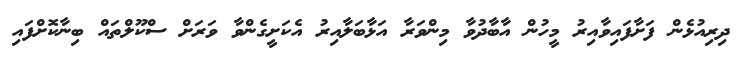
ދިރިއުޅެން ފަށާފައިވާއިރު މީހުން އާބާދުވާ މިންވަރާ އަޅާބަލާއިރު އެކަށީގެންވާ ވަރަށް ސްކޫލްތައް ބިނާކޮށްފައި